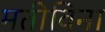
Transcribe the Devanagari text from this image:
मतीविना